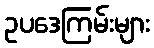
ဥပဒေကြမ်းများ